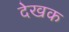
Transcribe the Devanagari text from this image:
देखक